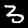
Label: 3